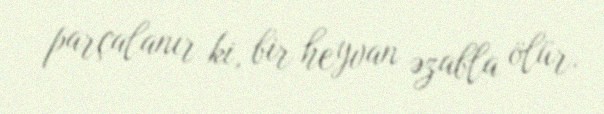
parçalanır ki, bir heyvan əzabla ölür.